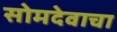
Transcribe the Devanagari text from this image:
सोमदेवाचा